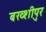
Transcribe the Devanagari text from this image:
बख्शीपुर